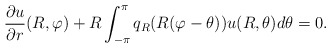
\begin{align*}{\partial u \over \partial r}(R,\varphi)+R \int_{-\pi}^{\pi} q_{R}(R(\varphi-\theta))u(R,\theta)d\theta=0.\end{align*}